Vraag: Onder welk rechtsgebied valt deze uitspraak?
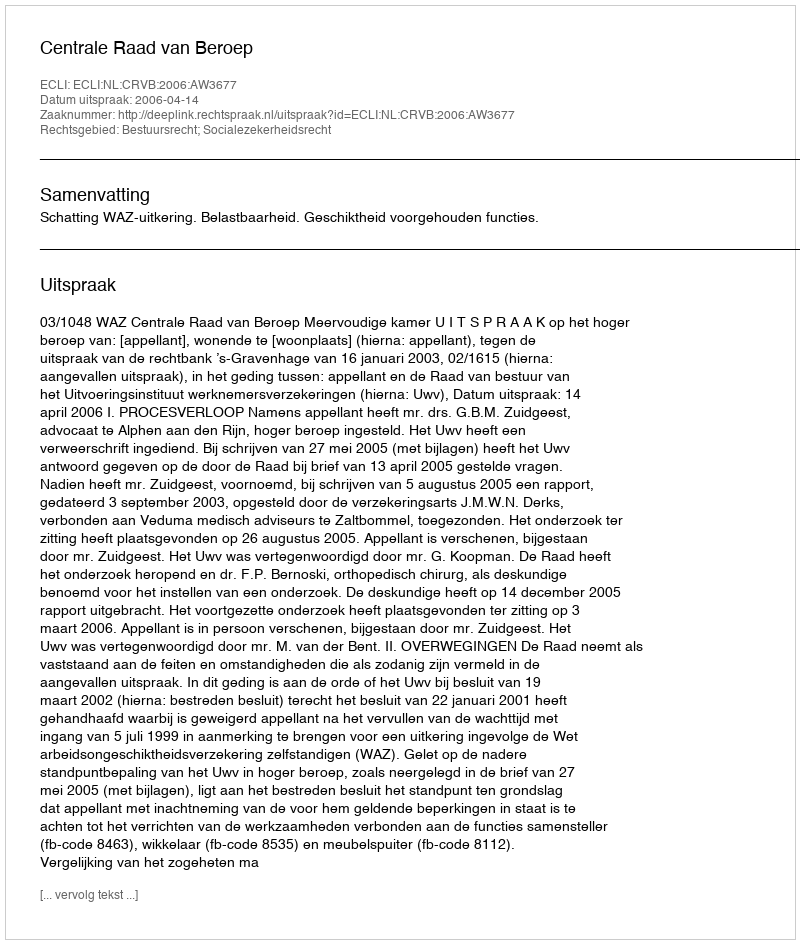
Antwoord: Bestuursrecht; Socialezekerheidsrecht